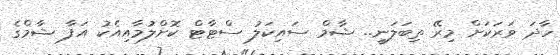
ހާދަ ވަރަކަށް މިރޭ ތިބަލަނީ.. ޝާމް ސައިކަލު ސްޓާޓް ކޮށްލުމާއިއެކު އަފާ ޝާމްގެ